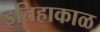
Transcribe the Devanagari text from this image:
इतिहाकाळ